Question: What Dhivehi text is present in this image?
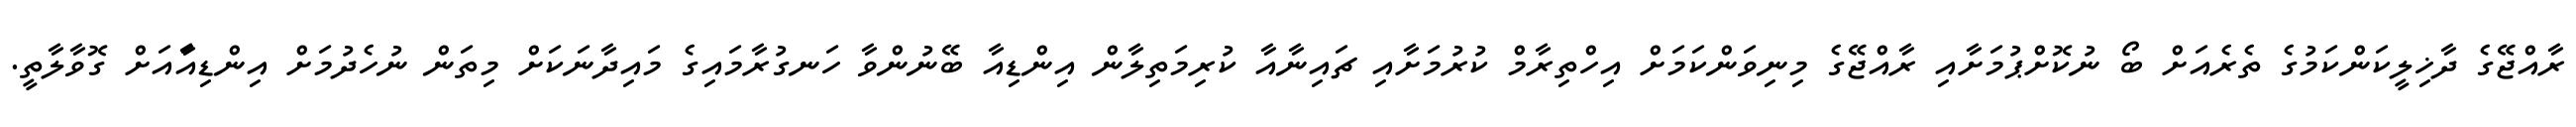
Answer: ރާއްޖޭގެ ދާޚިލީކަންކަމުގެ ތެރެއަށް ބޯ ނުކޮށްޕުމަށާއި ރާއްޖޭގެ މިނިވަންކަމަށް އިހްތިރާމް ކުރުމަށާއި ޗައިނާއާ ކުރިމަތިލާން އިންޑިއާ ބޭނުންވާ ހަނގުރާމައިގެ މައިދާނަކަށް މިތަން ނުހެދުމަށް އިންޑިއާައަށް ގޮވާލާތީ.